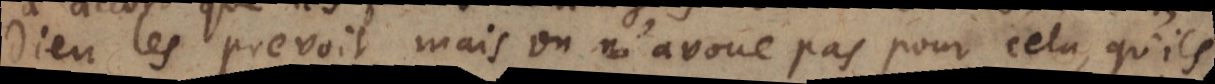
Dieu les prevoit, mais on n’avoue pas pour cela, qu’ils